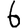
Digit: 6